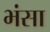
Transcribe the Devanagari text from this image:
भंसा